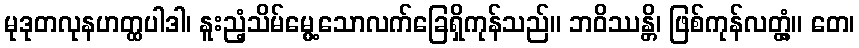
မုဒုတလုနဟတ္ထပါဒါ၊ နူးညံ့သိမ်မွေ့သောလက်ခြေရှိကုန်သည်။ ဘဝိဿန္တိ၊ ဖြစ်ကုန်လတ္တံ့။ တေ၊